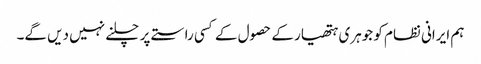
ہم ایرانی نظام کو جوہری ہتھیار کے حصول کے کسی راستے پر چلنے نہیں دیں گے۔